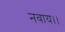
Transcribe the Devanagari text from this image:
नवाय।।